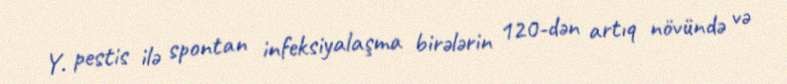
Y. pestis ilə spontan infeksiyalaşma birələrin 120-dən artıq növündə və